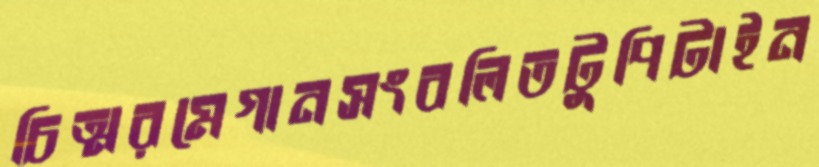
চিত্মরমেগানসংবলিতটুপিটাইন